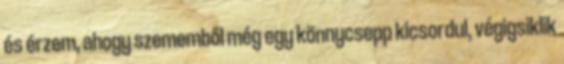
és érzem, ahogy szememből még egy könnycsepp kicsordul, végigsiklik